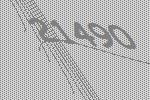
21490